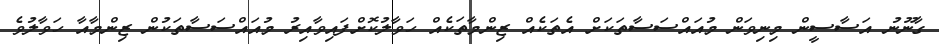
ގާނޫނު އަަސާސީން މިނިވަން މުއައްސަސާތަކަށް އެތަކެއް ޒިންމާތަކެއް ހަވާލުކޮށްފައިވާއިރު މުއައްސަސާތަކުން ޒިންމާއާ ހަވާލުވެ